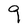
Character: g